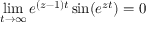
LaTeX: \operatorname* { l i m } _ { t \rightarrow \infty } e ^ { ( z - 1 ) t } \sin ( e ^ { z t } ) = 0